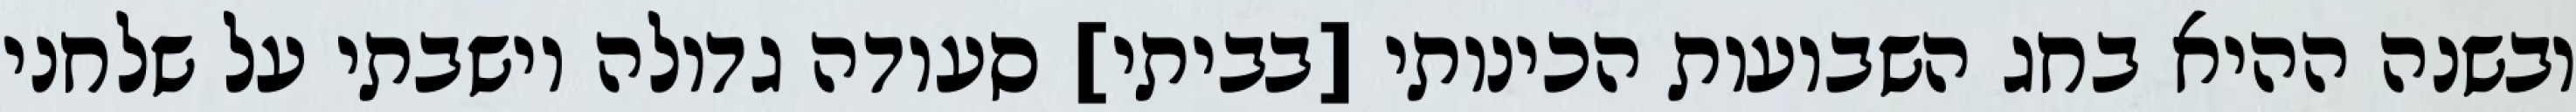
ובשנה ההיא בחג השבועות הכינותי [בביתי] סעודה גדולה וישבתי על שלחני